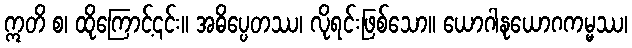
ဣတိ စ၊ ထိုကြောင့်၎င်း။ အဓိပ္ပေတဿ၊ လိုရင်းဖြစ်သော။ ယောဂါနုယောဂကမ္မဿ၊